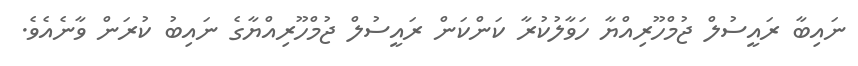
ނައިބާ ރައީސުލް ޖުމްހޫރިއްޔާ ހަވާލުކުރާ ކަންކަން ރައީސުލް ޖުމްހޫރިއްޔާގެ ނައިބު ކުރަން ވާނެއެވެ.